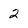
Character: 2